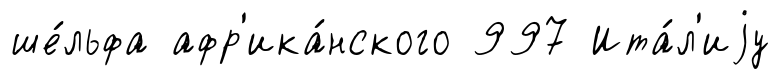
ше́льфа афр'ика́нского 997 Ита́л'иjу